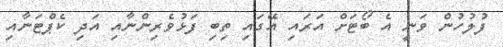
ފުލުހުން ވަނީ އެ ބޯޓަށް އަރައި އޭގައި ތިބި ފަޅުވެރިންނާއި އަދި ކެޕްޓަނާއި